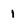
Character: 1